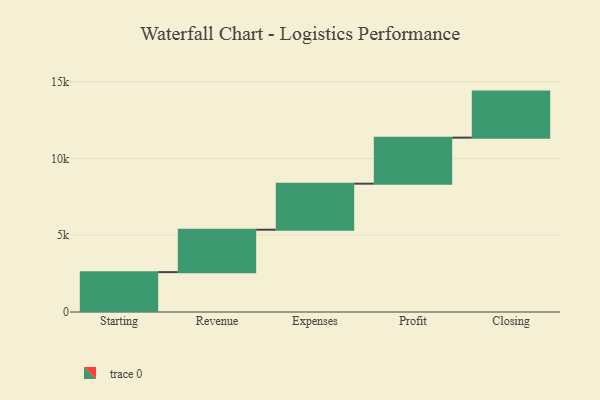
{"axis": {"x": "Step", "y": "Value"}, "legend": [""], "data": [{"x": "Starting", "y": 2598.0, "type": ""}, {"x": "Revenue", "y": 2763.0, "type": ""}, {"x": "Expenses", "y": 3000, "type": ""}, {"x": "Profit", "y": 3000, "type": ""}, {"x": "Closing", "y": 3000, "type": ""}]}